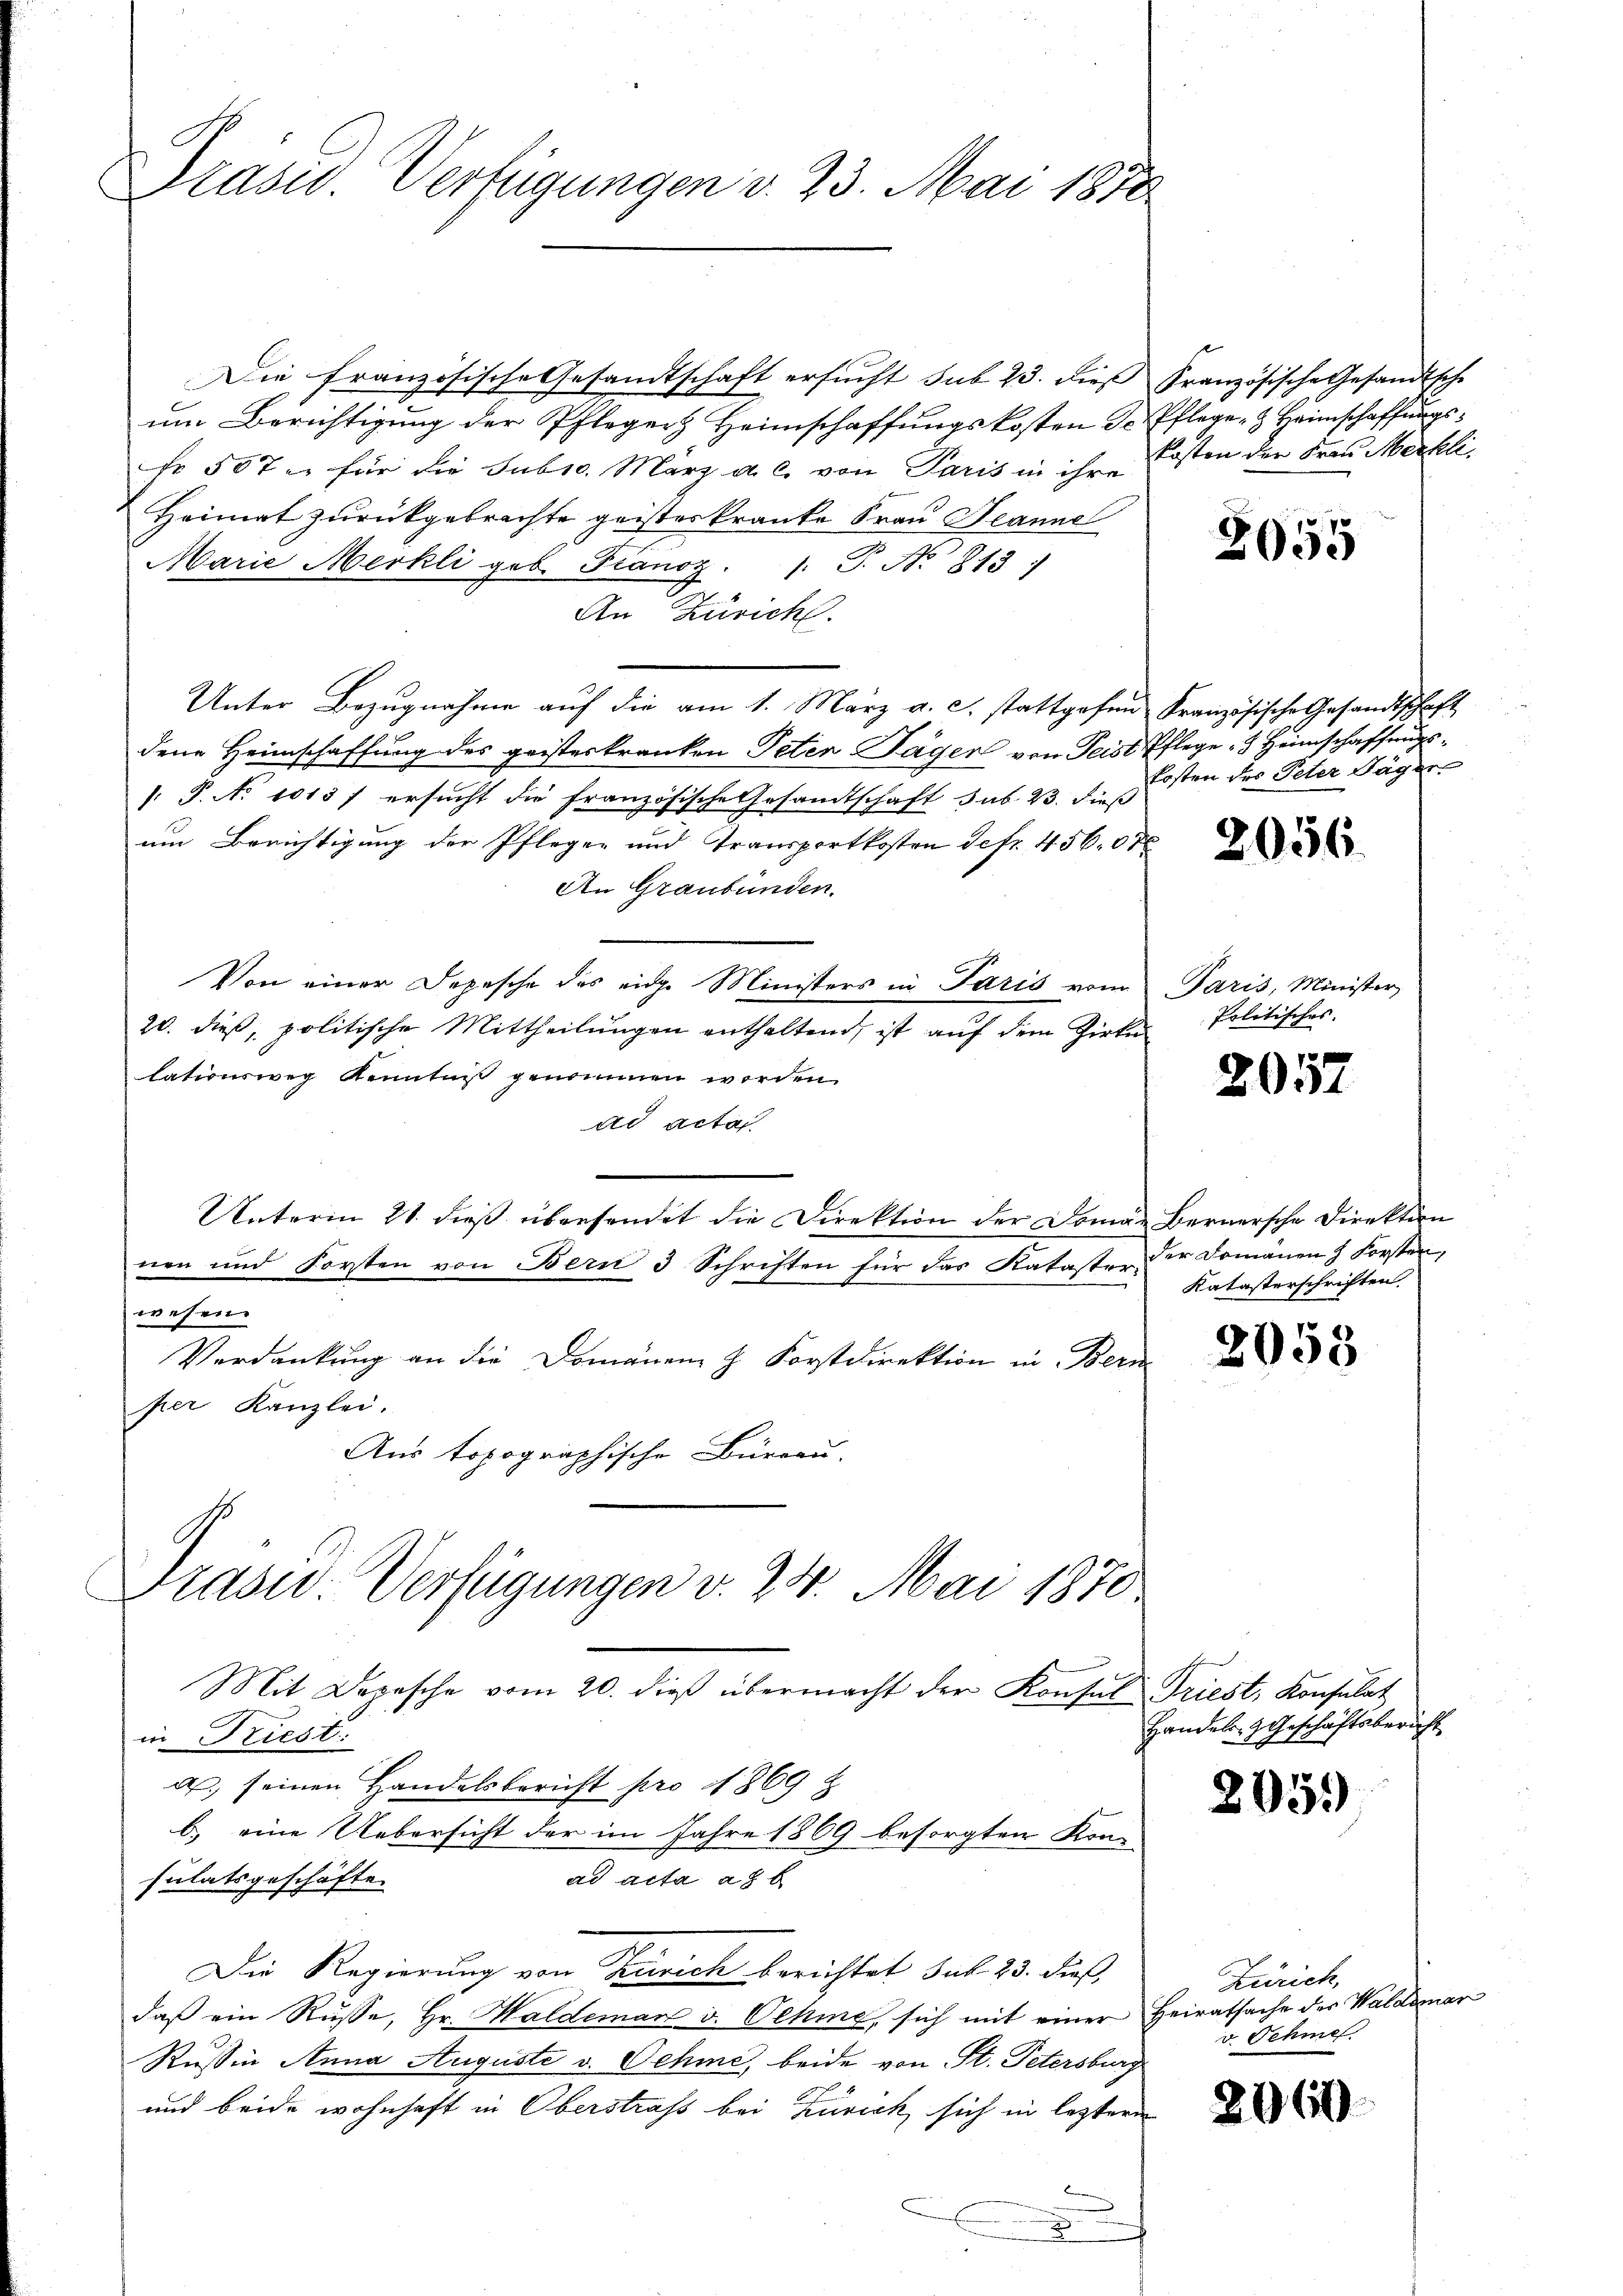
Präsid. Verfügungen v. 23. Mai 1870

Die französische Gesandtschaft ersucht sub 23. dieß
um Berichtigung der Pfleger Heimschaffungskosten Te
Fr. 507 u. für die Subsc. März a. c. von Paris in ihre
Heimat zurückgebrachte geisteskranke Frau Jeanne
Marie Merkli geb. Franoz.
: P. No. 813
An Züricht.
Unter Bezugnahme auf die am 1. März a. c. stattgofen Französische Gesandtschaft
dene Heimschaffung des geisteskranken Peten Säger von Teist Pflege 3 Heimschaffungs¬
1. P. No 1013 f ersucht die französische Gesamtschaft sub. 23. dieß
um Berichtigung der Pfleger und Transportkosten Defr. 456. ode
An Graubünden.
Von einer Depesche des eige Ministers in Paris vom
20. dieß, politische Mittheilungen enthaltend, ist auf dem Zirke
lationsweg Kenntnis genommen worden.
ad acta
Unterm 21. dieβ übersendet die Direktion der Domä- Bernersche Direktion
nen und Forsten von Bern 3 Schriften für das Kataster der Domänen Forsten,
wesen. |
Verdankung an die Domänen Z. Forstdirektion in Bern
per Kanzlei.
Aus topographische Büreau.

Praswo-Verfügungen v. 24. Mai 1870
in Priest:
a, seinen Handelsbericht pro 1869 z
b.) eine Uebersicht der im Jahre 1869 besorgten Kon-
ad acta ad b
sulatsgeschäfte.
Die Regierung von Zürich berichtet sub. 23. dieß,

daβ ein Rüsse, Hr. Waldeman v. Oehme, sich mit einer
Russin Anna Auguste v. Oehme, beide von St. Petersburg
und beide wohnhaft in Oberstraß bei Zürich, sich in leztere
.

Mit Depesche vom 20. dieβ übermacht der Konsul Triest, Konsulat

Französische Gesandtsche
Pflege & Heimschaffungskosten der Frau Merkli

2055

kosten des Peter Jäger

2056.

Paris, Minister
Politisches.

2057

Katasterschriften.

2053

Handels- & Geschäftsbericht

2051)

Zürich,
Heiratsache des Waldemar
v. Schme

2060